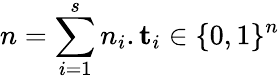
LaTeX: n=\sum_{i=1}^{s}n_{i}.\mathbf{t}_{i}\in\{ 0,1\} ^{n}